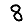
Digit: 8